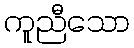
ကူညီသော